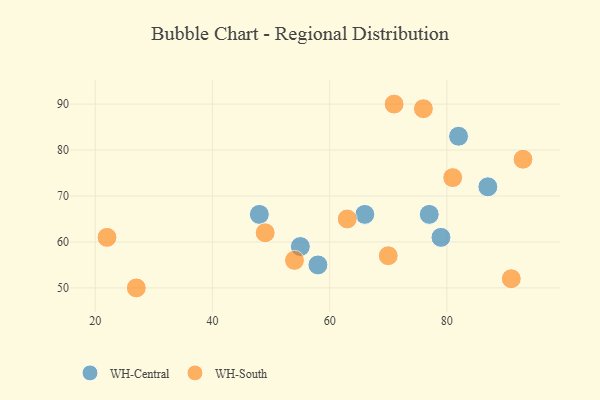
{"axis": {"x": "GDP", "y": "Life Expectancy"}, "legend": ["WH-Central", "WH-South"], "data": [{"x": "48", "y": 66, "type": "WH-Central"}, {"x": "55", "y": 59, "type": "WH-Central"}, {"x": "79", "y": 61, "type": "WH-Central"}, {"x": "58", "y": 55, "type": "WH-Central"}, {"x": "87", "y": 72, "type": "WH-Central"}, {"x": "77", "y": 66, "type": "WH-Central"}, {"x": "82", "y": 83, "type": "WH-Central"}, {"x": "66", "y": 66, "type": "WH-Central"}, {"x": "91", "y": 52, "type": "WH-South"}, {"x": "49", "y": 62, "type": "WH-South"}, {"x": "27", "y": 50, "type": "WH-South"}, {"x": "71", "y": 90, "type": "WH-South"}, {"x": "76", "y": 89, "type": "WH-South"}, {"x": "93", "y": 78, "type": "WH-South"}, {"x": "54", "y": 56, "type": "WH-South"}, {"x": "63", "y": 65, "type": "WH-South"}, {"x": "22", "y": 61, "type": "WH-South"}, {"x": "81", "y": 74, "type": "WH-South"}, {"x": "70", "y": 57, "type": "WH-South"}]}